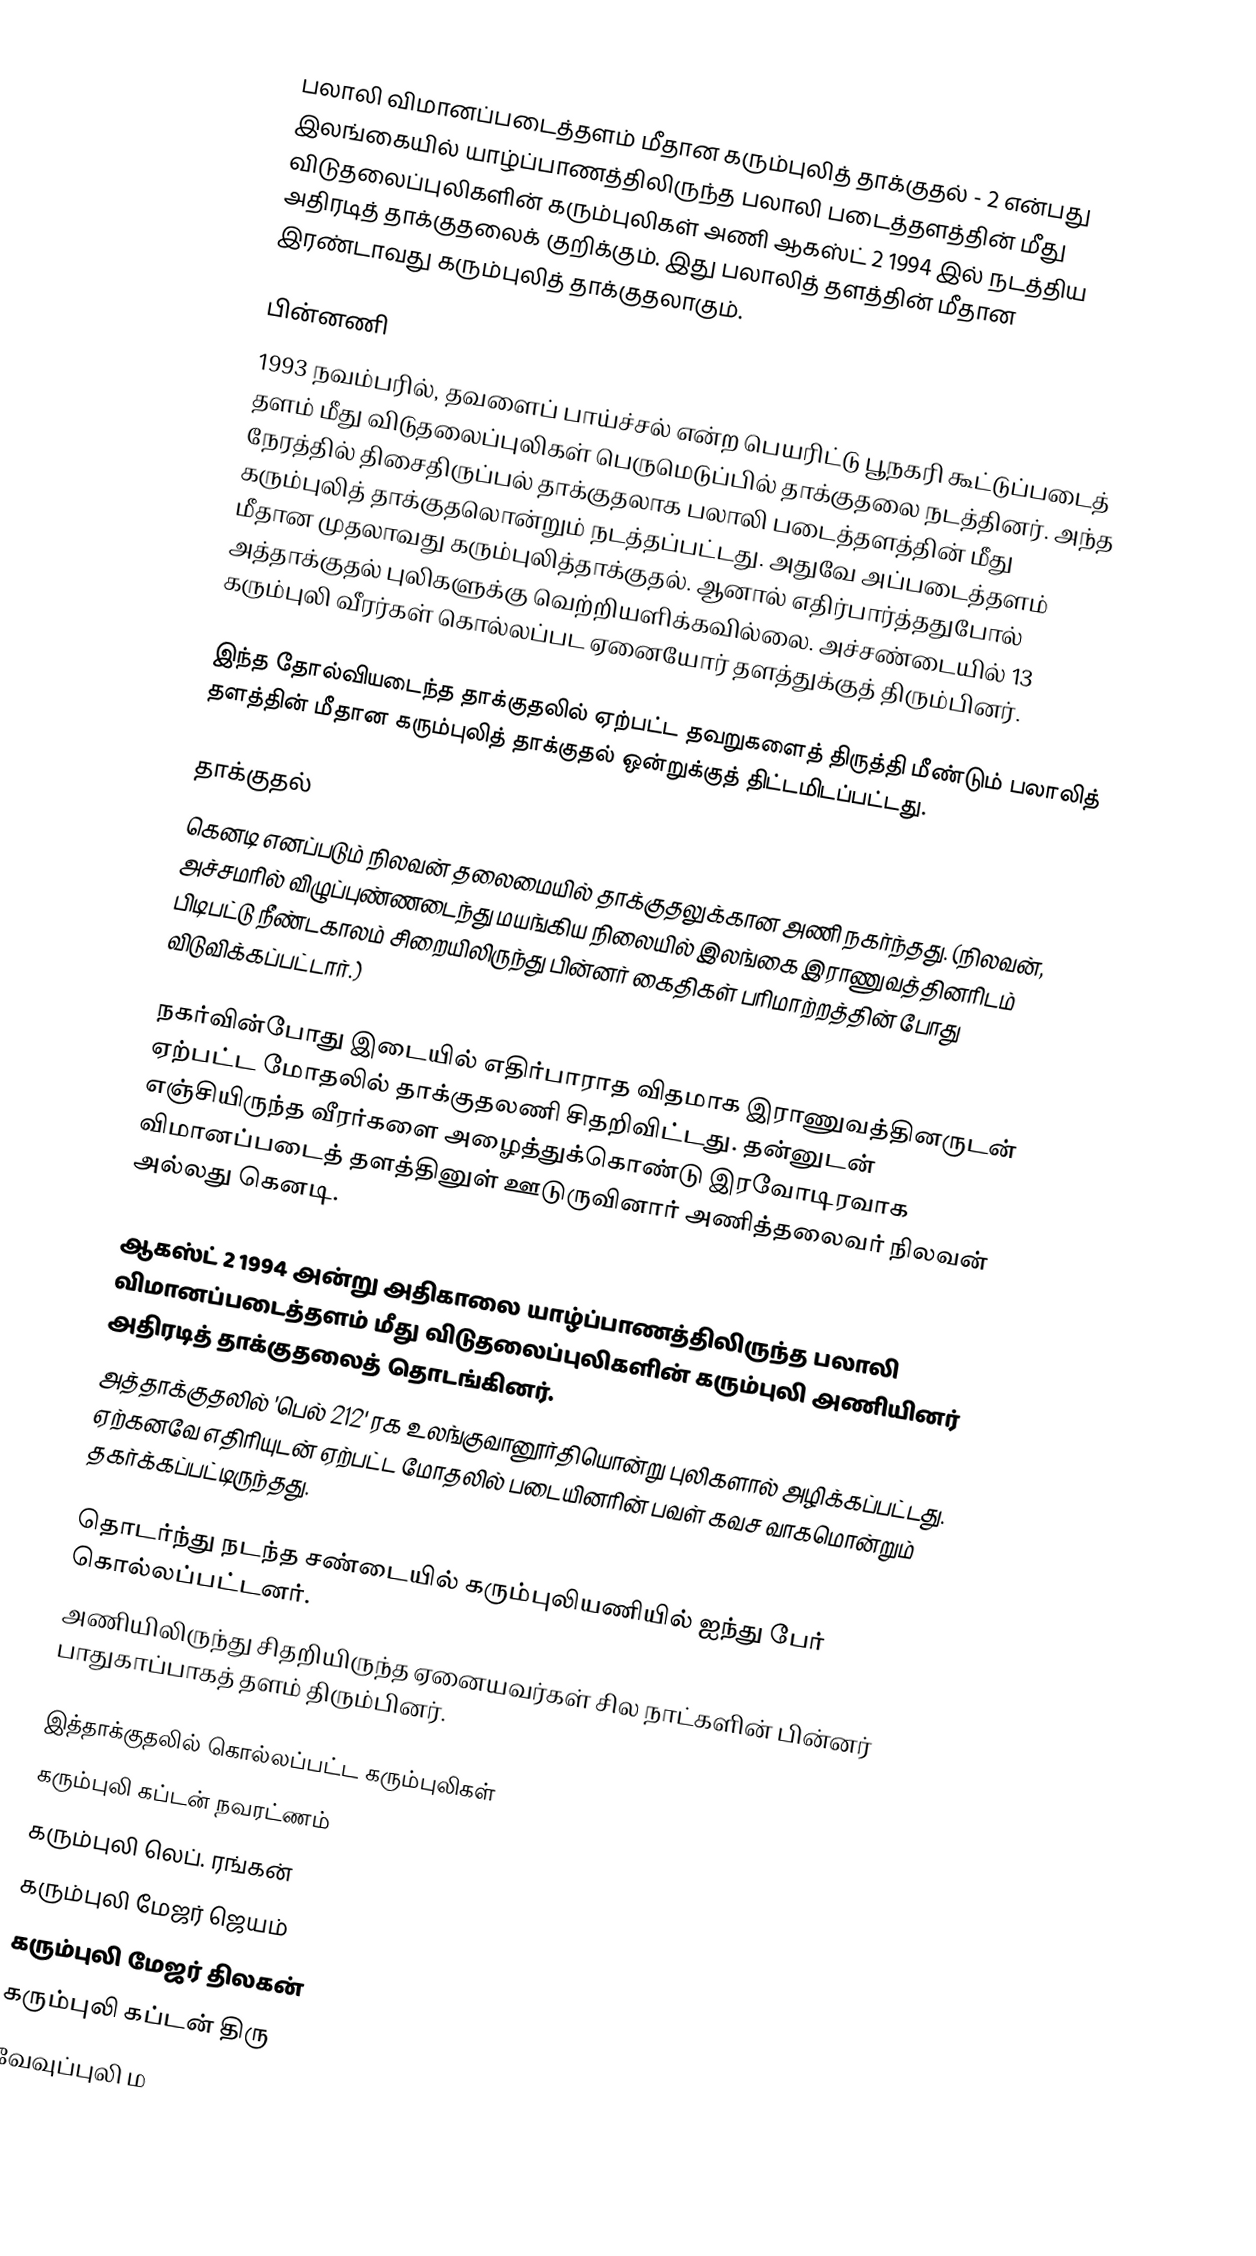
பலாலி விமானப்படைத்தளம் மீதான கரும்புலித் தாக்குதல் - 2 என்பது இலங்கையில் யாழ்ப்பாணத்திலிருந்த பலாலி படைத்தளத்தின் மீது விடுதலைப்புலிகளின் கரும்புலிகள் அணி ஆகஸ்ட் 2 1994 இல் நடத்திய அதிரடித் தாக்குதலைக் குறிக்கும். இது பலாலித் தளத்தின் மீதான இரண்டாவது கரும்புலித் தாக்குதலாகும்.

பின்னணி
1993 நவம்பரில், தவளைப் பாய்ச்சல் என்ற பெயரிட்டு பூநகரி கூட்டுப்படைத் தளம் மீது விடுதலைப்புலிகள் பெருமெடுப்பில் தாக்குதலை நடத்தினர். அந்த நேரத்தில் திசைதிருப்பல் தாக்குதலாக பலாலி படைத்தளத்தின் மீது கரும்புலித் தாக்குதலொன்றும் நடத்தப்பட்டது. அதுவே அப்படைத்தளம் மீதான முதலாவது கரும்புலித்தாக்குதல். ஆனால் எதிர்பார்த்ததுபோல் அத்தாக்குதல் புலிகளுக்கு வெற்றியளிக்கவில்லை. அச்சண்டையில் 13 கரும்புலி வீரர்கள் கொல்லப்பட ஏனையோர் தளத்துக்குத் திரும்பினர்.

இந்த தோல்வியடைந்த தாக்குதலில் ஏற்பட்ட தவறுகளைத் திருத்தி மீண்டும் பலாலித் தளத்தின் மீதான கரும்புலித் தாக்குதல் ஒன்றுக்குத் திட்டமிடப்பட்டது.

தாக்குதல்
கெனடி எனப்படும் நிலவன் தலைமையில் தாக்குதலுக்கான அணி நகர்ந்தது. (நிலவன், அச்சமரில் விழுப்புண்ணடைந்து மயங்கிய நிலையில் இலங்கை இராணுவத்தினரிடம் பிடிபட்டு நீண்டகாலம் சிறையிலிருந்து பின்னர் கைதிகள் பரிமாற்றத்தின் போது விடுவிக்கப்பட்டார்.)

நகர்வின்போது இடையில் எதிர்பாராத விதமாக இராணுவத்தினருடன் ஏற்பட்ட மோதலில் தாக்குதலணி சிதறிவிட்டது. தன்னுடன் எஞ்சியிருந்த வீரர்களை அழைத்துக்கொண்டு இரவோடிரவாக விமானப்படைத் தளத்தினுள் ஊடுருவினார் அணித்தலைவர் நிலவன் அல்லது கெனடி.

ஆகஸ்ட் 2 1994 அன்று அதிகாலை யாழ்ப்பாணத்திலிருந்த பலாலி விமானப்படைத்தளம் மீது விடுதலைப்புலிகளின் கரும்புலி அணியினர் அதிரடித் தாக்குதலைத் தொடங்கினர்.
அத்தாக்குதலில்  'பெல் 212' ரக உலங்குவானூர்தியொன்று புலிகளால் அழிக்கப்பட்டது. ஏற்கனவே எதிரியுடன் ஏற்பட்ட மோதலில் படையினரின் பவள் கவச வாகமொன்றும் தகர்க்கப்பட்டிருந்தது.

தொடர்ந்து நடந்த சண்டையில் கரும்புலியணியில் ஐந்து பேர் கொல்லப்பட்டனர்.
அணியிலிருந்து சிதறியிருந்த ஏனையவர்கள் சில நாட்களின் பின்னர் பாதுகாப்பாகத் தளம் திரும்பினர்.

இத்தாக்குதலில் கொல்லப்பட்ட கரும்புலிகள்
 கரும்புலி கப்டன் நவரட்ணம்
 கரும்புலி லெப். ரங்கன்
 கரும்புலி மேஜர் ஜெயம்
 கரும்புலி மேஜர் திலகன்
 கரும்புலி கப்டன் திரு
 வேவுப்புலி ம